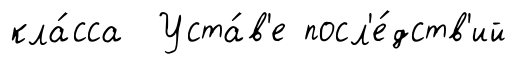
кла́сса Уста́в'е посл'е́дств'ий